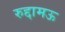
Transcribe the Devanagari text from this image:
रुद्दामऊ